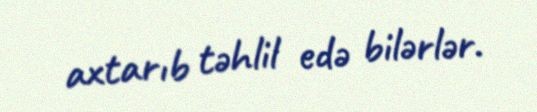
axtarıb təhlil edə bilərlər.